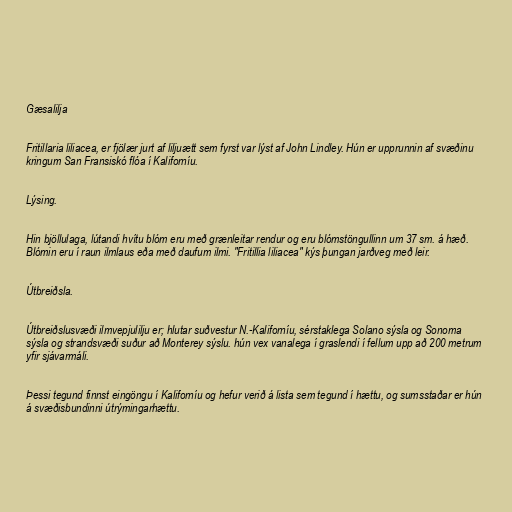
Gæsalilja

Fritillaria liliacea, er fjölær jurt af liljuætt sem fyrst var lýst af John Lindley. Hún er upprunnin af svæðinu
kringum San Fransiskó flóa í Kaliforníu.

Lýsing.

Hin bjöllulaga, lútandi hvítu blóm eru með grænleitar rendur og eru blómstöngullinn um 37 sm. á hæð.
Blómin eru í raun ilmlaus eða með daufum ilmi. "Fritillia liliacea" kýs þungan jarðveg með leir.

Útbreiðsla.

Útbreiðslusvæði ilmvepjulilju er; hlutar suðvestur N.-Kaliforníu, sérstaklega Solano sýsla og Sonoma
sýsla og strandsvæði suður að Monterey sýslu. hún vex vanalega í graslendi í fellum upp að 200 metrum
yfir sjávarmáli.

Þessi tegund finnst eingöngu í Kaliforníu og hefur verið á lista sem tegund í hættu, og sumsstaðar er hún
á svæðisbundinni útrýmingarhættu.